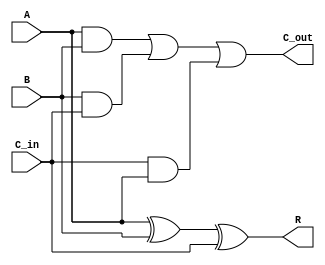
module one_bit_adder(A, B, C_in, R, C_out); // one_bit_adder module

    input A, B, C_in;
    output R, C_out;

    assign R = A ^ B ^ C_in;
    assign C_out = (A & B) | (B & C_in) | (C_in & A);

endmodule

module four_bit_subtractor(A, B, C_in, R, C_out); // four_bit_subtractor module

    input [3:0] A, B;
    input C_in;
    output [3:0] R, C_out;

    one_bit_adder one_bit_adder_ans1(A[0], ~B[0], C_in, R[0], C_out[0]);
    one_bit_adder one_bit_adder_ans2(A[1], ~B[1], C_out[0], R[1], C_out[1]);
    one_bit_adder one_bit_adder_ans3(A[2], ~B[2], C_out[1], R[2], C_out[2]);
    one_bit_adder one_bit_adder_ans4(A[3], ~B[3], C_out[2], R[3], C_out[3]);

endmodule

module eight_bit_subtractor(A, B, R, C_out); // eight_bit_subtractor module

    input [7:0] A, B;
    output [7:0] R, C_out;

    four_bit_subtractor four_bit_subtractor1(A[3:0], B[3:0], 1'b1, R[3:0], C_out[3:0]); // call one

    four_bit_subtractor four_bit_subtractor2(A[7:4], B[7:4], C_out[3], R[7:4], C_out[7:4]); // call two

endmodule

module tb_subtractor;

    reg [7:0] A, B;
    wire [7:0] R, C_out;

    eight_bit_subtractor eight_bit_subtractor_ans(A, B, R, C_out);

    initial begin
        $monitor("A = %d, B = %d, R = %d, C_out = %d", A, B, R, C_out);

        repeat(10)begin
            A = $random;
            B = $random;
            #20;
        end

    end 

endmodule